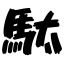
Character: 駄